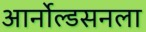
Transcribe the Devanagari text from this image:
आर्नोल्डसनला